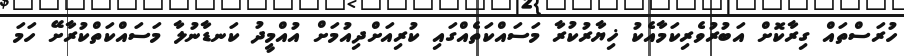
ހުރަސްތައް ގިރާކޮށް އަބުރުވެެރިކަމާއެކު ޚިޔާރުކުރާ މަސައްކަތެއްގައި ކުރިއަށްދިއުމަށް އުއްމީދު ކަނޑާނުލާ މަސައްކަތްކުރާށޭ ހަމަ